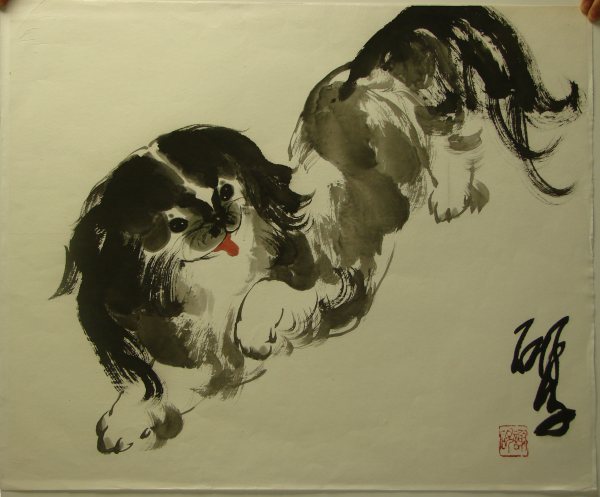
鞭个马儿归去也，心急马行迟。